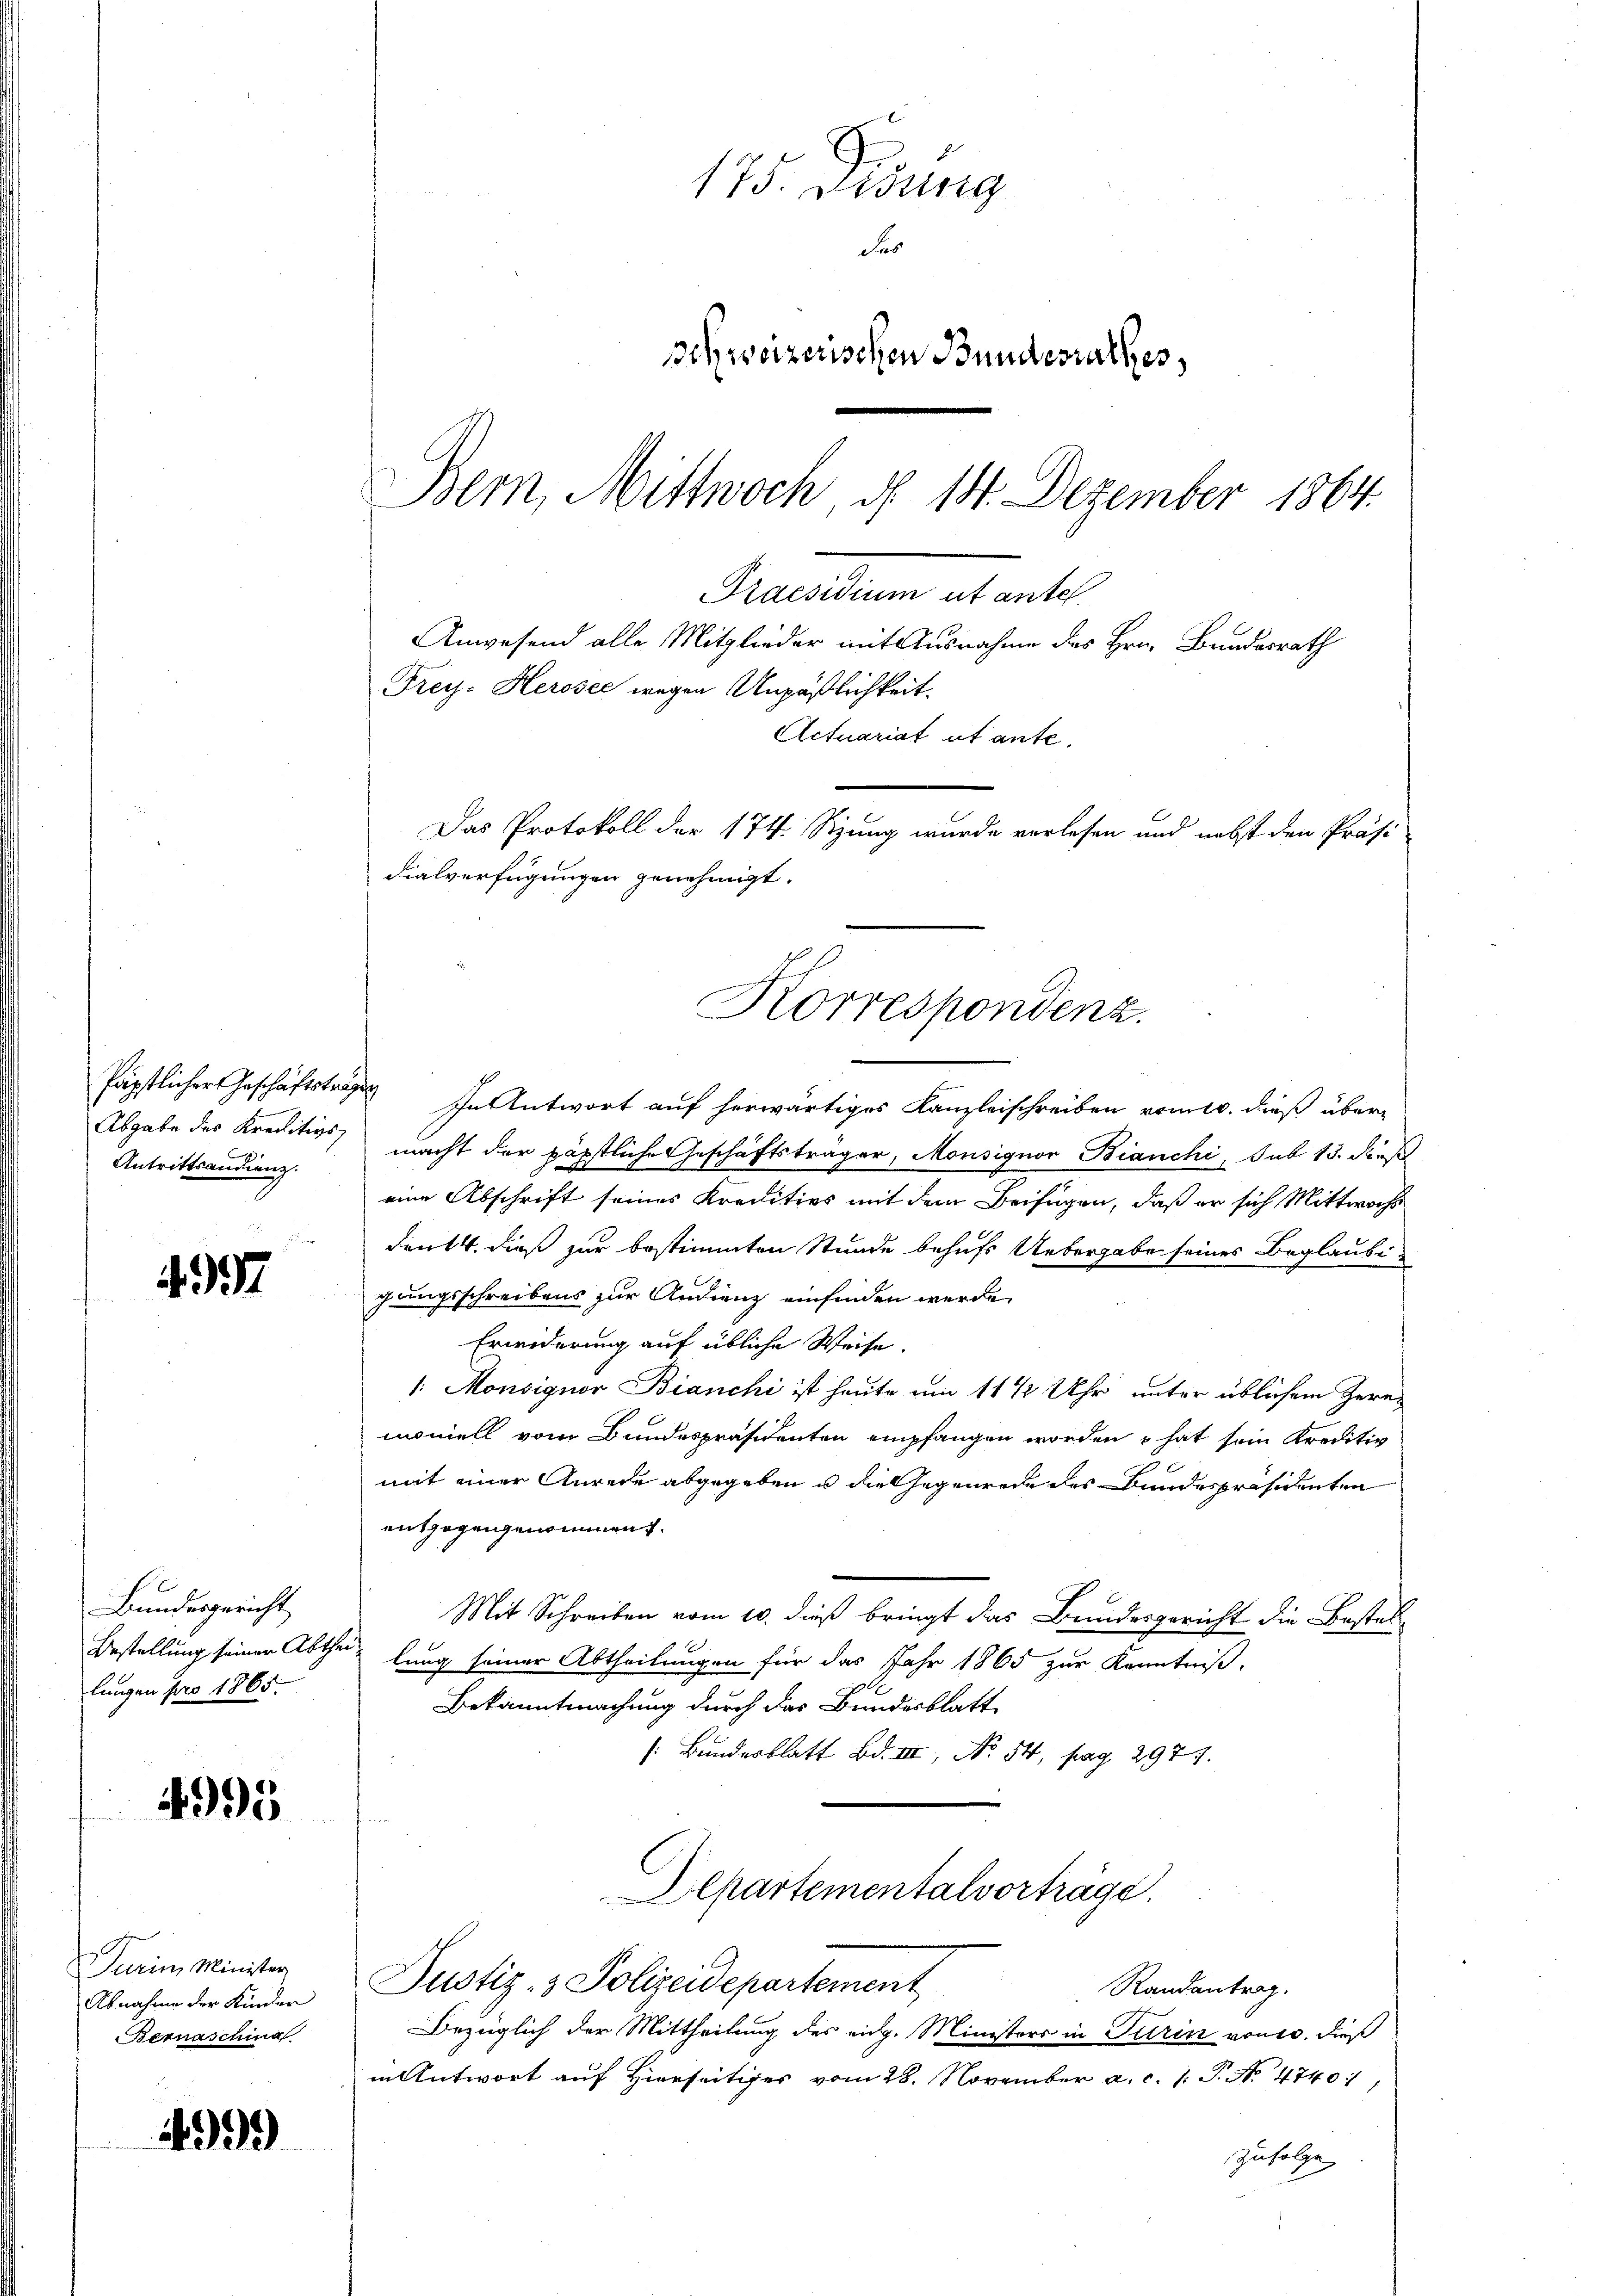
Antrittsandienz.

4997

Bundesgericht
lungen pro 1865.

4995

Jurim Minister
Bernaschina

4999

175. Didung
Sus
schweizerischen Bundesrathes,
Bern, Mittwoch, d. 14. Dezember 1864.

Päpstlicher Geschäftstragen In Antwort auf herwärtiges Kanzleischreiben vom 10. dieß über-
Abgabe des Kreditivs macht der päpstliche Geschäftsträger, Monsignor Bianchi, sub 15. dieß
eine Abschrift seines Kreditios mit dem Beifügen, daß er sich Mittwochs
Dent 4. dieß zur bestimmten Stunde behufs Uebergabe seines Beglaubigungsschreibens zur Audienz einfinden werde.
Erwiderung auf übliche Weise.
1. Monsignor Bianchi ist heute um 11 ½ Uhr unter üblichem Herrn
monell vom Bundespräsidenten empfangen worden hat sein Kreditiv
mit einer Anrede abgegeben u die Gegenrede des Bundespräsidenten
entzogengenommen.
Mit Schreiben vom 10. dieß bringt das Bundesgericht die Bestel
Bestellung seiner Abtheilung seiner Abtheilungen für das Jahr 1865 zur Kenntniß,
Bekanntmachung durch das Bundesblatt
(Bundesblatt Bd. III, No. 54, pag. 2977.
Departementalvorträge.
Randantrag.
Abnahme der Kinder Justiz- & Polizeidepartement
Bezüglich der Mittheilung des eidg. Ministers in Turin von 10. dieß
in Antwort auf Hierseitiges vom 28. November a. c. 1. P. N. 47401/
zufolge

Frey. Herosec wegen Unpäßlichkeit.
Actuariat et ante
Das Protokoll der 174. Sizung wurde verlesen und nebst den Präsi-
dialverfügungen genehmigt.
Korrespondenz.

Pactum ab ante.
Anwesend alle Mitglieder mit Ausnahme des Hrn. Bundesrath